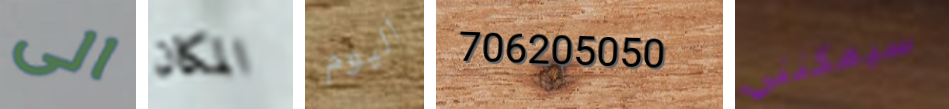
الى المكان اليوم 706205050 سيمكنني